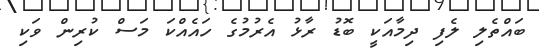
ބައްތެލި ލެފި ދިމާއަކީ ބޮޑު ރާޅު އެރުމުގެ ހައެއްކަ މަސް ކުރިން ވަކި